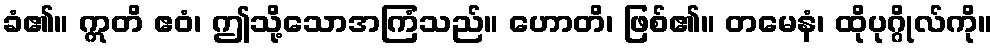
ခံ၏။ ဣတိ ဧဝံ၊ ဤသို့သောအကြံသည်။ ဟောတိ၊ ဖြစ်၏။ တမေနံ၊ ထိုပုဂ္ဂိုလ်ကို။